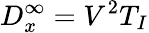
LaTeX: D_{x}^{\infty}=V^{2}T_{I}